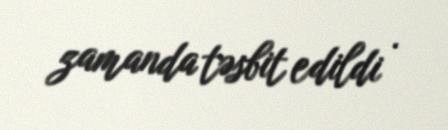
zamanda təsbit edildi .